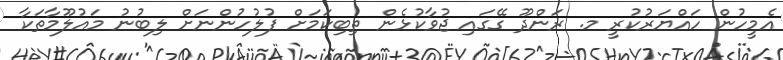
އެމީހުން ހައްޔަރުކުރީ މ. ރަންދޫ ގޭގައި ޖުވާކުޅެން ތިބިކަމަށް ފުލުހުންނަށް ލިބުނު މައުލޫމާތަކާ